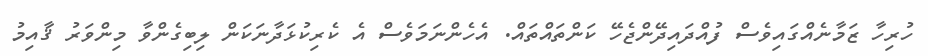
ހުރިހާ ޒަމާނެއްގައިވެސް ފުއްދައިދޭންޖެހޭ ކަންތައްތައް. އެހެންނަމަވެސް އެ ކެރިކުޅަދާނަކަން ލިބިގެންވާ މިންވަރު ޤާއިމު